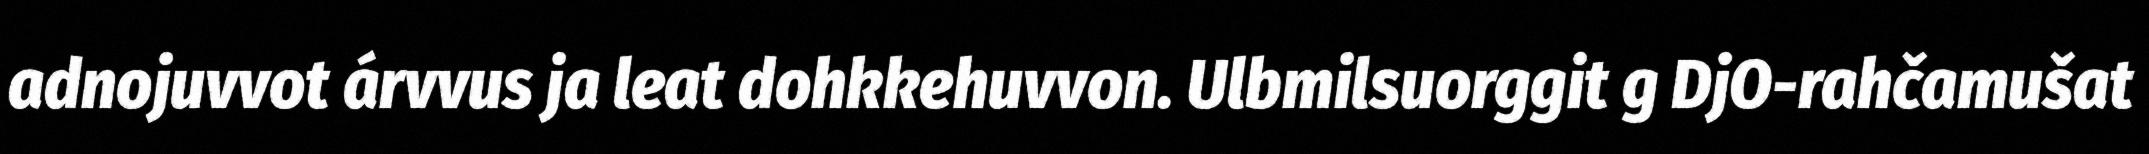
adnojuvvot árvvus ja leat dohkkehuvvon. Ulbmilsuorggit g DjO-rahčamušat